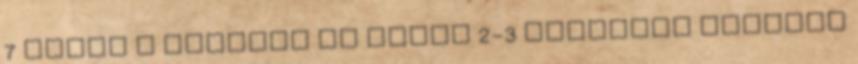
7 Ikrek A legtöbb nő képes 2-3 csecsemő számára